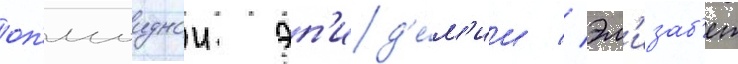
оп'иоиднои эп'ид'е́м'ии // Эл'изаб'ет